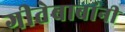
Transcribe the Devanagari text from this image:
गीतेबाबांनी